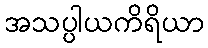
အသပ္ပါယကိရိယာ